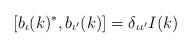
LaTeX: \begin{align*}[b_\iota(k)^*,b_{\iota^\prime}(k)]=\delta_{\iota\iota^\prime}I(k)\end{align*}